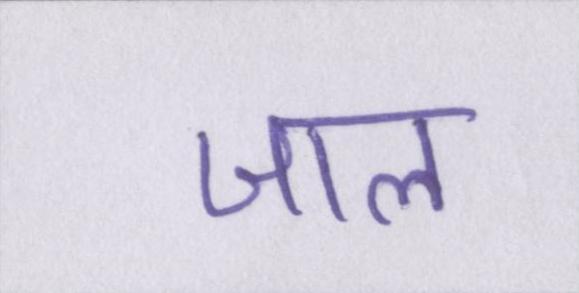
जाल